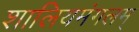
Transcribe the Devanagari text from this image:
शालियमंगलम्‌